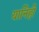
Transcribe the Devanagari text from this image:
यानिही